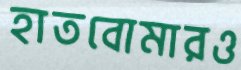
হাতবোমারও